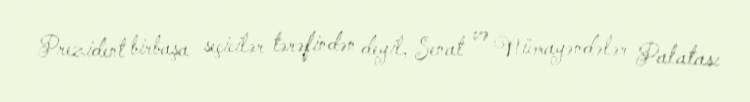
Prezident birbaşa seçicilər tərəfindən deyil, Senat və Nümayəndələr Palatası